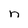
Character: n